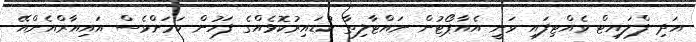
އަދި ފްލައިޓް ވެއްޓިފައި ވަނީ އެއާޕޯޓުން ނައްޓާލިތާ ކުޑައިރުކޮޅެއްގެ ފަހުން ކަމަށްވެސް އައިއާރްއެންއޭ